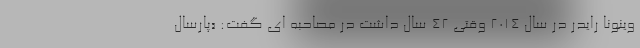
وینونا رایدر در سال ۲۰۱۴ وقتی ۴۲ سال داشت در مصاحبه ای گفت: «پارسال